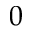
0